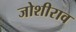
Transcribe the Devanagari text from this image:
जोशीराव